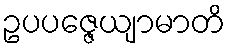
ဥပပဇ္ဇေယျာမာတိ